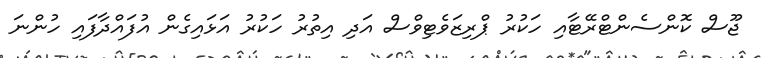
ޖޫސް ކޮންސެންޓްރޭޓާއި ހަކުރު ޕްރިޒަވެޓިވްސް އަދި އިތުރު ހަކުރު އަޅައިގެން އުފައްދާފައި ހުންނަ